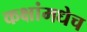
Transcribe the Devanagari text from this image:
कक्षांमधेच